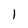
Character: l